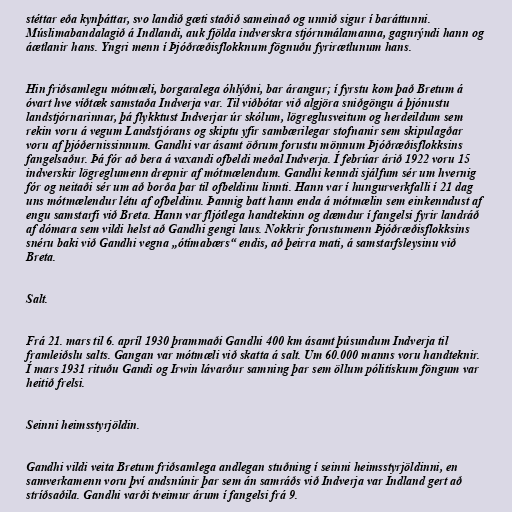
stéttar eða kynþáttar, svo landið gæti staðið sameinað og unnið sigur í baráttunni.
Múslimabandalagið á Indlandi, auk fjölda indverskra stjórnmálamanna, gagnrýndi hann og
áætlanir hans. Yngri menn í Þjóðræðisflokknum fögnuðu fyrirætlunum hans.

Hin friðsamlegu mótmæli, borgaralega óhlýðni, bar árangur; í fyrstu kom það Bretum á
óvart hve víðtæk samstaða Indverja var. Til viðbótar við algjöra sniðgöngu á þjónustu
landstjórnarinnar, þá flykktust Indverjar úr skólum, lögreglusveitum og herdeildum sem
rekin voru á vegum Landstjórans og skiptu yfir sambærilegar stofnanir sem skipulagðar
voru af þjóðernissinnum. Gandhi var ásamt öðrum forustu mönnum Þjóðræðisflokksins
fangelsaður. Þá fór að bera á vaxandi ofbeldi meðal Indverja. Í febrúar árið 1922 voru 15
indverskir lögreglumenn drepnir af mótmælendum. Gandhi kenndi sjálfum sér um hvernig
fór og neitaði sér um að borða þar til ofbeldinu linnti. Hann var í hungurverkfalli í 21 dag
uns mótmælendur létu af ofbeldinu. Þannig batt hann enda á mótmælin sem einkenndust af
engu samstarfi við Breta. Hann var fljótlega handtekinn og dæmdur í fangelsi fyrir landráð
af dómara sem vildi helst að Gandhi gengi laus. Nokkrir forustumenn Þjóðræðisflokksins
snéru baki við Gandhi vegna „ótímabærs“ endis, að þeirra mati, á samstarfsleysinu við
Breta.

Salt.

Frá 21. mars til 6. apríl 1930 þrammaði Gandhi 400 km ásamt þúsundum Indverja til
framleiðslu salts. Gangan var mótmæli við skatta á salt. Um 60.000 manns voru handteknir.
Í mars 1931 rituðu Gandi og Irwin lávarður samning þar sem öllum pólitískum föngum var
heitið frelsi.

Seinni heimsstyrjöldin.

Gandhi vildi veita Bretum friðsamlega andlegan stuðning í seinni heimsstyrjöldinni, en
samverkamenn voru því andsnúnir þar sem án samráðs við Indverja var Indland gert að
stríðsaðila. Gandhi varði tveimur árum í fangelsi frá 9.